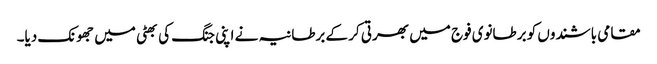
مقامی باشندوں کو برطانوی فوج میں بھرتی کر کے برطانیہ نے اپنی جنگ کی بھٹی میں جھونک دیا۔